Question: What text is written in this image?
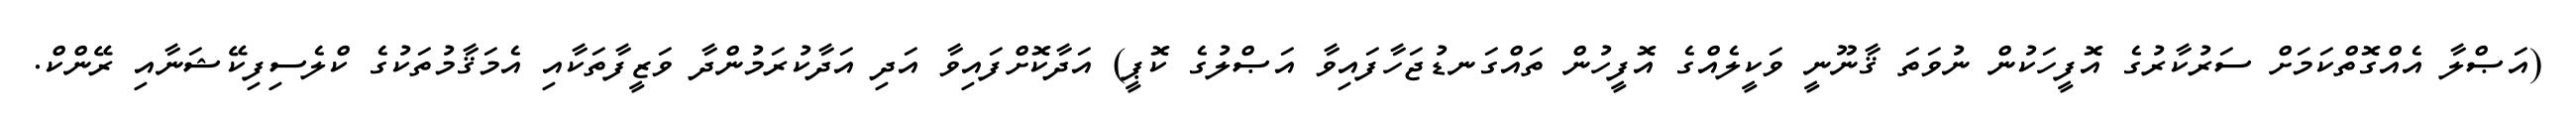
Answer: (އަޞްލާ އެއްގޮތްކަމަށް ސަރުކާރުގެ އޮފީހަކުން ނުވަތަ ޤާނޫނީ ވަކީލެއްގެ އޮފީހުން ތައްގަނޑުޖަހާފައިވާ އަޞްލުގެ ކޮޕީ) އަދާކޮށްފައިވާ އަދި އަދާކުރަމުންދާ ވަޒީފާތަކާއި އެމަޤާމުތަކުގެ ކްލެސިފިކޭޝަނާއި ރޭންކް.